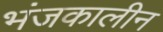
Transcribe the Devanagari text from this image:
भंजकालीन